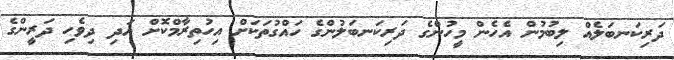
ދަރިކަނބަލެއް ލިބުމުން އެހެން މީހުންގެ ދަރިކަނބަލުންގެ ހައްގުތަކަށް އިހުތިރާމްކޮށް އަދި ދިވެހި ދަރީންގެ